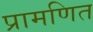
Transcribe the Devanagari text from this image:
प्रामणित